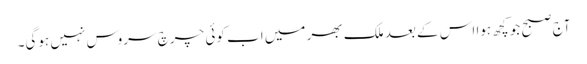
آج صبح جو کچھ ہوا اس کے بعد ملک بھر میں اب کوئی چرچ سروس نہیں ہوگی۔